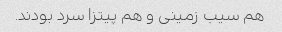
هم سیب زمینی و هم پیتزا سرد بودند.